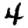
Digit: 4